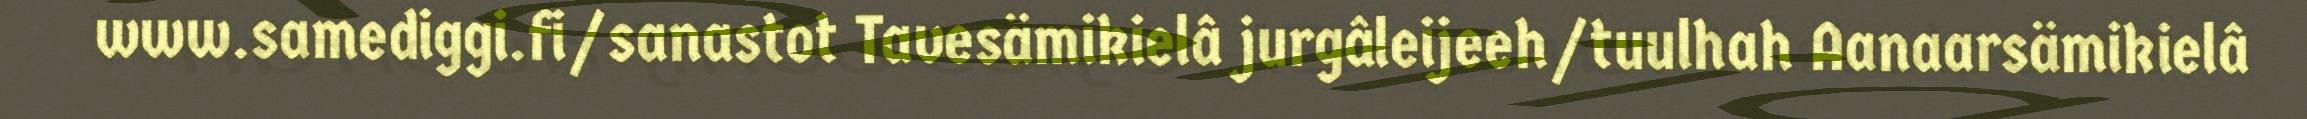
www.samediggi.fi/sanastot Tavesämikielâ jurgâleijeeh/tuulhah Aanaarsämikielâ